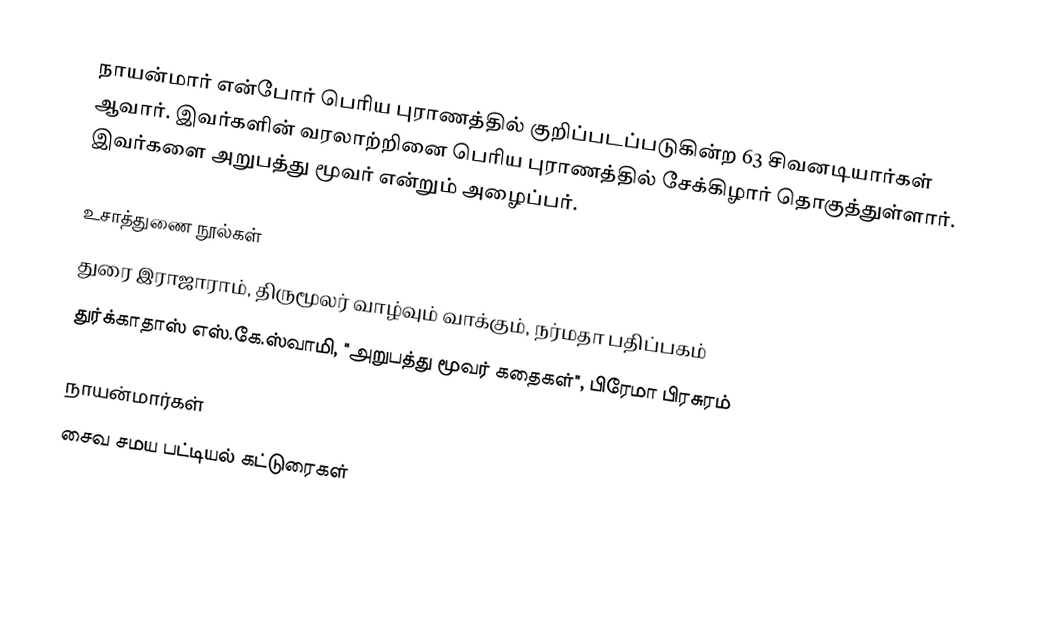
நாயன்மார் என்போர் பெரிய புராணத்தில் குறிப்படப்படுகின்ற 63 சிவனடியார்கள் ஆவார். இவர்களின் வரலாற்றினை பெரிய புராணத்தில் சேக்கிழார் தொகுத்துள்ளார். இவர்களை அறுபத்து மூவர் என்றும் அழைப்பர்.

உசாத்துணை நூல்கள்
 துரை இராஜாராம், திருமூலர் வாழ்வும் வாக்கும், நர்மதா பதிப்பகம்
 துர்க்காதாஸ் எஸ்.கே.ஸ்வாமி, "அறுபத்து மூவர் கதைகள்", பிரேமா பிரசுரம்

நாயன்மார்கள்
சைவ சமய பட்டியல் கட்டுரைகள்